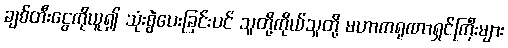
ချစ်တီးငွေကိုယူ၍ သုံးစွဲပေးခြင်းပင် သူတို့ကိုယ်သူတို့ မဟာကရုဏာရှင်ကြီးများ